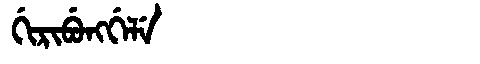
Manchu: ᡤᡳᡵᡳᠪᡠᠩᡤᡝᠯᡝ
Romanization: GIRIBUNGGELE